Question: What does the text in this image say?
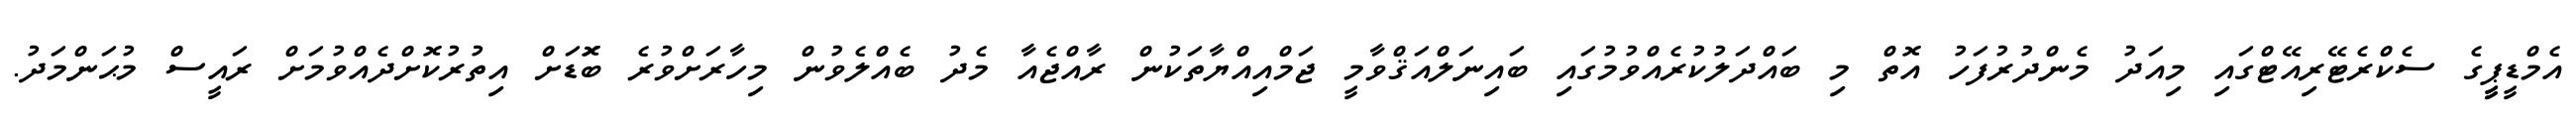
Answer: އެމްޑީޕީީގެ ސެކްރެޓޭރިއޭޓްގައި މިއަދު މެންދުރުފަހު އޮތް މި ބައްދަލުކުރެއްވުމުގައި ބައިނަލްއަޤްވާމީ ޖަމްއިއްޔާތަކުން ރާއްޖެއާ މެދު ބެއްލެވުން މިހާރަށްވުރެ ބޮަޑަށް އިތުރުކޮށްދެއްވުމަށް ރައީސް މުޙަންމަދު.